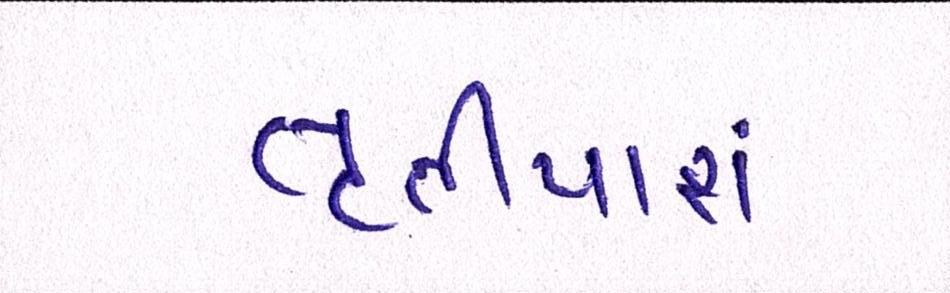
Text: તૃતીયાંશ